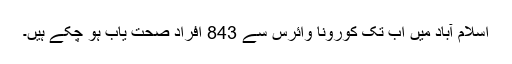
اسلام آباد میں اب تک کورونا وائرس سے 843 افراد صحت یاب ہو چکے ہیں۔